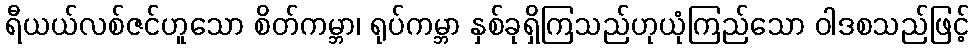
ရီယယ်လစ်ဇင်ဟူသော စိတ်ကမ္ဘာ၊ ရုပ်ကမ္ဘာ နှစ်ခုရှိကြသည်ဟုယုံကြည်သော ဝါဒစသည်ဖြင့်